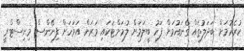
ކުރެހުމަށް ބަދަލުތައް ގެނައުމަށް ފަހު ބީލަމަށް ލުމަށްޓަކައި ވަރަށް އަވަހަށް ފިނޭންސް މިނިސްޓްރީ